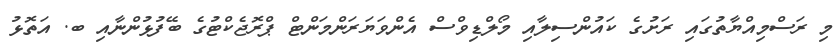
މި ރަސްމިއްޔާތުގައި ރަށުގެ ކައުންސިލާއި މޯލްޑިވްސް އެންވަޔަރަންމަންޓް ޕްރޮޖެކްޓުގެ ބޭފުޅުންނާއި ބ. އަތޮޅު